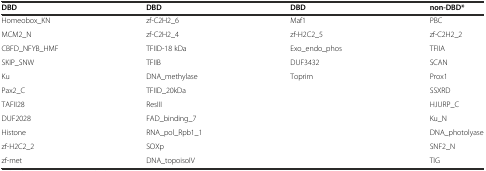
| DBD | DBD | DBD | non-DBD* |
 | --- | --- | --- | --- |
 | Homeobox_KN | zf-C2H2_6 | Maf1 | PBC |
 | MCM2_N | zf-C2H2_4 | zf-H2C2_5 | zf-C2H2_2 |
 | CBFD_NFYB_HMF | TFIID-18 kDa | Exo_endo_phos | TFIIA |
 | SKIP_SNW | TFIIB | DUF3432 | SCAN |
 | Ku | DNA_methylase | Toprim | Prox1 |
 | Pax2_C | TFIID_20kDa |  | SSXRD |
 | TAFII28 | ResIII |  | HJURP_C |
 | DUF2028 | FAD_binding_7 |  | Ku_N |
 | Histone | RNA_pol_Rpb1_1 |  | DNA_photolyase |
 | zf-H2C2_2 | SOXp |  | SNF2_N |
 | zf-met | DNA_topoisoIV |  | TIG |